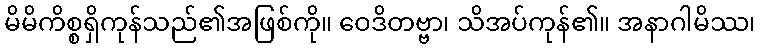
မိမိကိစ္စရှိကုန်သည်၏အဖြစ်ကို။ ဝေဒိတဗ္ဗာ၊ သိအပ်ကုန်၏။ အနာဂါမိဿ၊